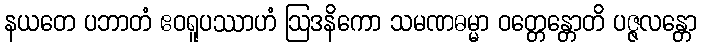
နယတေ ပဘာတံ ဧဝရူပဿာဟံ ဩဒနိကော သမဏဓမ္မာ ဝတ္တေန္တောတိ ပဇ္ဇလန္တော